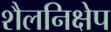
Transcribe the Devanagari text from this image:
शैलनिक्षेप